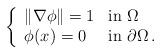
LaTeX: \begin{align*}\left\{\begin{array}{ll}\|\nabla \phi\|=1 & \mbox{in }\Omega\\\phi(x) = 0 & \mbox{in } \partial \Omega\,.\end{array}\right.\end{align*}